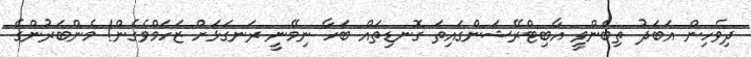
ދިވެހިން އަބަދު ތިބެންވީ އާބިޓްރޭޝަންގައިތަ ގޮނޑިތައް ބަހާ ނިމޭނީ ރަނގަޅަށް ޒަހަމްވެގެން! މެންބަރުންގެ